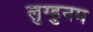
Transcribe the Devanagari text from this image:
लुग्डुनम